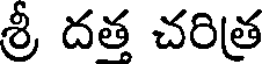
శ్రీ దత చరిత్ర